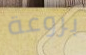
بروعة